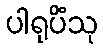
ပါရုပိံသု